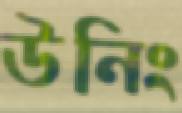
উনিং